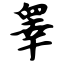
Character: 睾